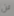
لن